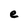
Character: e